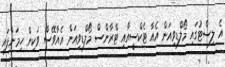
އެ ލިސްޓުގައި މޯލްޑިވިއަން އެއާ ޓެކްސީއާއި ޓްރާންސް މޯލްޑިވިއަން އެއާވޭސް ވަކިން ހިމަނާފައި